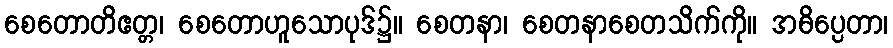
စေတောတိဧတ္တ၊ စေတောဟူသောပုဒ်၌။ စေတနာ၊ စေတနာစေတသိက်ကို။ အဓိပ္ပေတာ၊